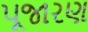
પૂજારણ